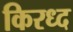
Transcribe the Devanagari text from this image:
किरध्द